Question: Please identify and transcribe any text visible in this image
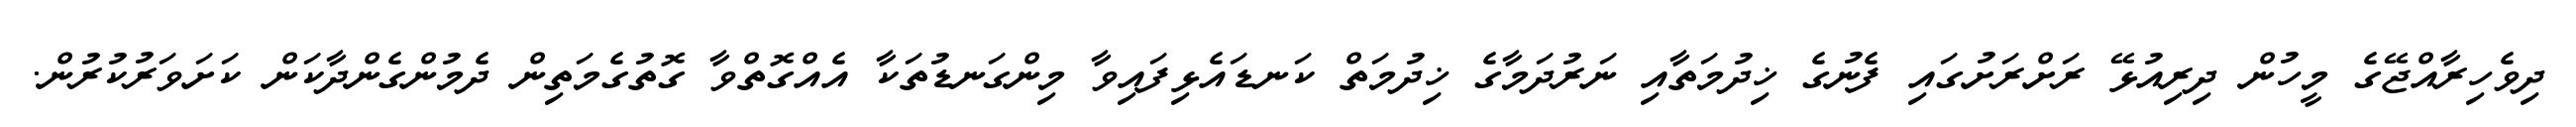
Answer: ދިވެހިރާއްޖޭގެ މީހުން ދިރިއުޅޭ ރަށްރަށުގައި ފެނުގެ ޚިދުމަތާއި ނަރުދަމާގެ ޚިދުމަތް ކަނޑައެޅިފައިވާ މިންގަނޑުތަކާ އެއްގޮތްވާ ގޮތުގެމަތިން ދެމުންގެންދާކަން ކަށަވަރުކުރުން.